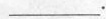
___.